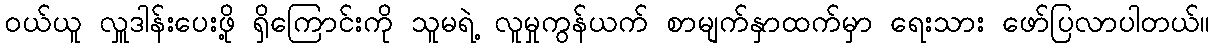
ဝယ်ယူ လှူဒါန်းပေးဖို့ ရှိကြောင်းကို သူမရဲ့ လူမှုကွန်ယက် စာမျက်နှာထက်မှာ ရေးသား ဖော်ပြလာပါတယ်။